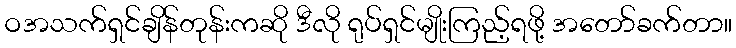
ဝအသက်ရှင်ချိန်တုန်းကဆို ဒီလို ရုပ်ရှင်မျိုးကြည့်ရဖို့ အတော်ခက်တာ။